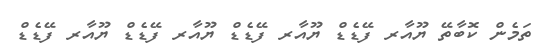
ތަމެން ކޮބާތޭ ޔޫއާރ ފޭޑެޑް ޔޫއާރ ފޭޑެޑް ޔޫއާރ ފޭޑެޑް ޔޫއާރ ފޭޑެޑް